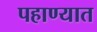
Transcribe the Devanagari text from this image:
पहाण्यात